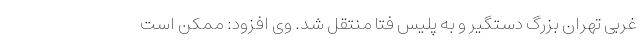
غربی تهران بزرگ دستگیر و به پلیس فتا منتقل شد. وی افزود: ممکن است